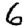
Digit: 6